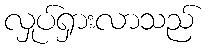
လှုပ်ရှားလာသည်